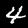
Digit: 4